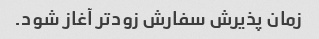
زمان پذیرش سفارش زودتر آغاز شود.